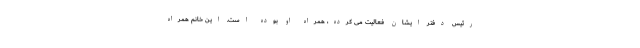
رئیس دفتر ایشان فعالیت می کرده، همراه او بوده است. این خانم همراه